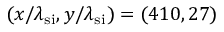
( x / \lambda _ { \mathrm { s i } } , y / \lambda _ { \mathrm { s i } } ) = ( 4 1 0 , 2 7 )